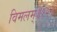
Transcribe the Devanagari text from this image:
विमलम्॥१२॥